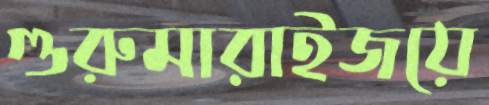
গুরুমারাইজয়ে